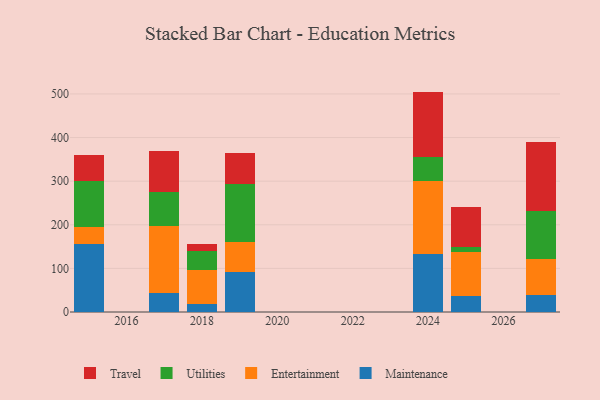
{"axis": {"x": "Year", "y": "Humidity (%)"}, "legend": ["Entertainment", "Maintenance", "Travel", "Utilities"], "data": [{"x": "2025", "y": 36.0, "type": "Maintenance"}, {"x": "2025", "y": 100.8, "type": "Entertainment"}, {"x": "2025", "y": 11.9, "type": "Utilities"}, {"x": "2025", "y": 91.9, "type": "Travel"}, {"x": "2017", "y": 43.0, "type": "Maintenance"}, {"x": "2017", "y": 153.7, "type": "Entertainment"}, {"x": "2017", "y": 78.0, "type": "Utilities"}, {"x": "2017", "y": 95.5, "type": "Travel"}, {"x": "2019", "y": 90.9, "type": "Maintenance"}, {"x": "2019", "y": 69.3, "type": "Entertainment"}, {"x": "2019", "y": 134.4, "type": "Utilities"}, {"x": "2019", "y": 68.9, "type": "Travel"}, {"x": "2015", "y": 155.6, "type": "Maintenance"}, {"x": "2015", "y": 38.8, "type": "Entertainment"}, {"x": "2015", "y": 106.9, "type": "Utilities"}, {"x": "2015", "y": 59.1, "type": "Travel"}, {"x": "2018", "y": 17.8, "type": "Maintenance"}, {"x": "2018", "y": 78.8, "type": "Entertainment"}, {"x": "2018", "y": 44.0, "type": "Utilities"}, {"x": "2018", "y": 14.7, "type": "Travel"}, {"x": "2024", "y": 133.6, "type": "Maintenance"}, {"x": "2024", "y": 167.5, "type": "Entertainment"}, {"x": "2024", "y": 55.1, "type": "Utilities"}, {"x": "2024", "y": 149.2, "type": "Travel"}, {"x": "2027", "y": 38.1, "type": "Maintenance"}, {"x": "2027", "y": 84.2, "type": "Entertainment"}, {"x": "2027", "y": 110.2, "type": "Utilities"}, {"x": "2027", "y": 157.9, "type": "Travel"}]}